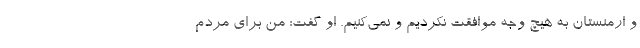
و ارمنستان به هیچ وجه موافقت نکردیم و نمی‌کنیم. او گفت: من برای مردم